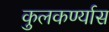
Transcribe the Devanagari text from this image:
कुलकर्ण्यास